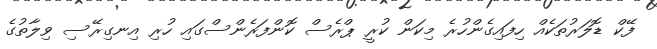
ފޭކް ޑޮލަރުތަކެއް ހިފައިގެންހުރެ މިކަން ކުރީ ޕްރެސް ކޮންފަރެންސްގައި ހުރި އިނގިރޭސި ވިލާތުގެ